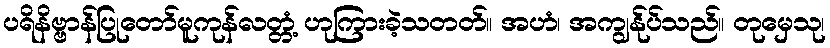
ပရိနိဗ္ဗာန်ပြုတော်မူကုန်လတ္တံ့ ဟုကြားခဲ့သတတ်။ အဟံ၊ အကျွန်ုပ်သည်။ တုမှေသု၊